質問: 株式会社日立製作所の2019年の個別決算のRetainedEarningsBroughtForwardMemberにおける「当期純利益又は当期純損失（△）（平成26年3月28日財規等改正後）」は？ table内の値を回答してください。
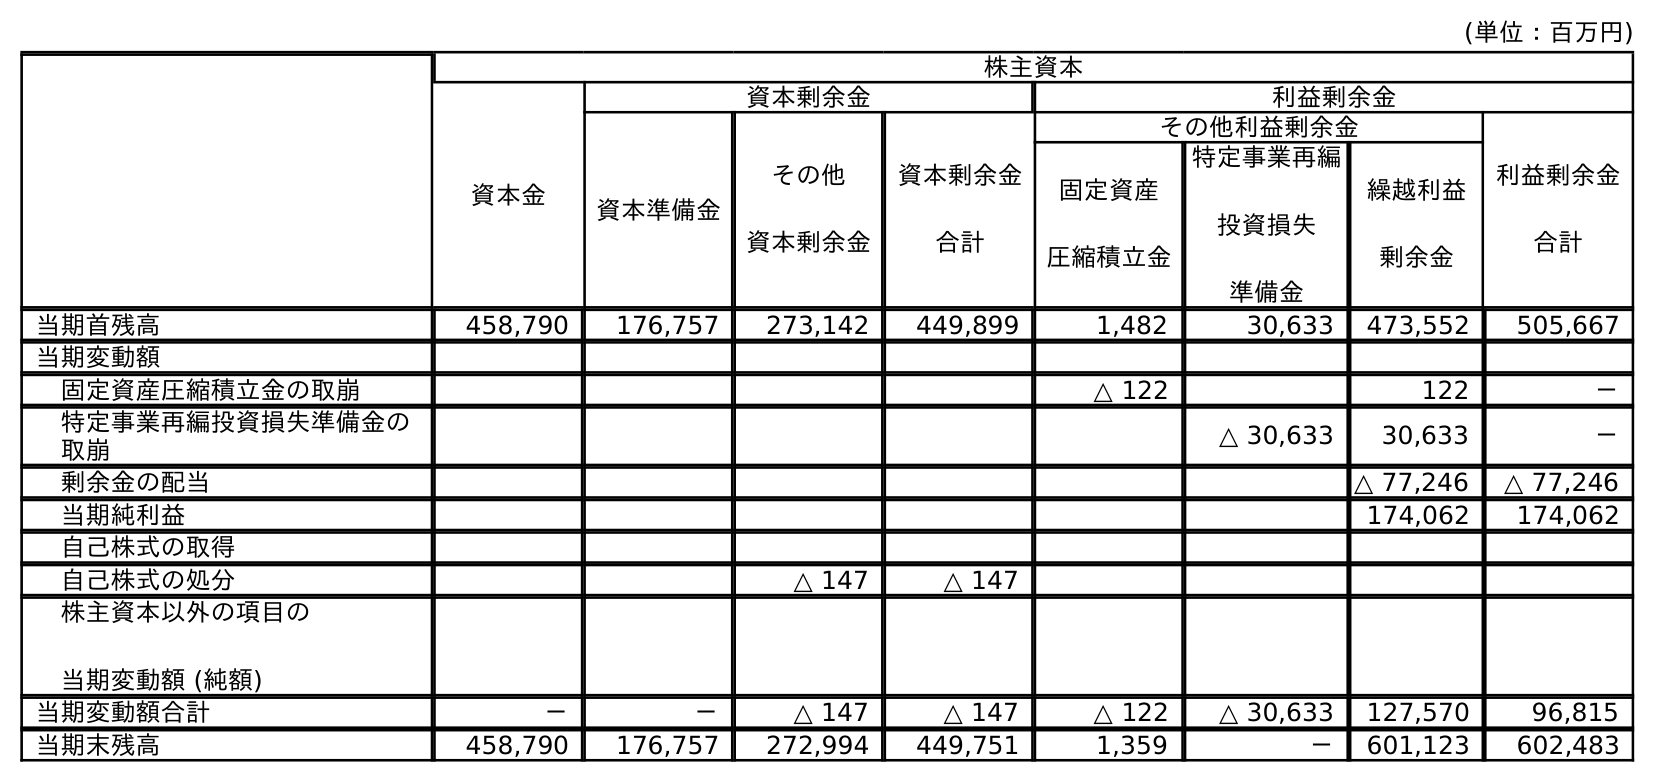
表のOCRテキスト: (単位：百万円) 株主資本 資本金 資本剰余金 利益剰余金 資本準備金 その他 資本剰余金 資本剰余金 合計 その他利益剰余金 利益剰余金 合計 固定資産 圧縮積立金 特定事業再編 投資損失 準備金 繰越利益 剰余金 当期首残高 458,790 176,757 273,142 449,899 1,482 30,633 473,552 505,667 当期変動額 固定資産圧縮積立金の取崩 △ 122 122 － 特定事業再編投資損失準備金の 取崩 △ 30,633 30,633 － 剰余金の配当 △ 77,246 △ 77,246 当期純利益 174,062 174,062 自己株式の取得 自己株式の処分 △ 147 △ 147 株主資本以外の項目の 当期変動額 (純額) 当期変動額合計 － － △ 147 △ 147 △ 122 △ 30,633 127,570 96,815 当期末残高 458,790 176,757 272,994 449,751 1,359 － 601,123 602,483
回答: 174,062